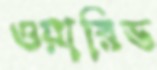
ওয়ারিড